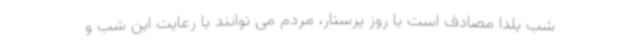
شب یلدا مصادف است با روز پرستار، مردم می توانند با رعایت این شب و